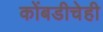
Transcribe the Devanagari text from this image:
कोंबडीचेही